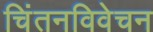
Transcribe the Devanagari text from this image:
चिंतनविवेचन